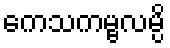
ကေသကမ္ဗလမ္ပိ